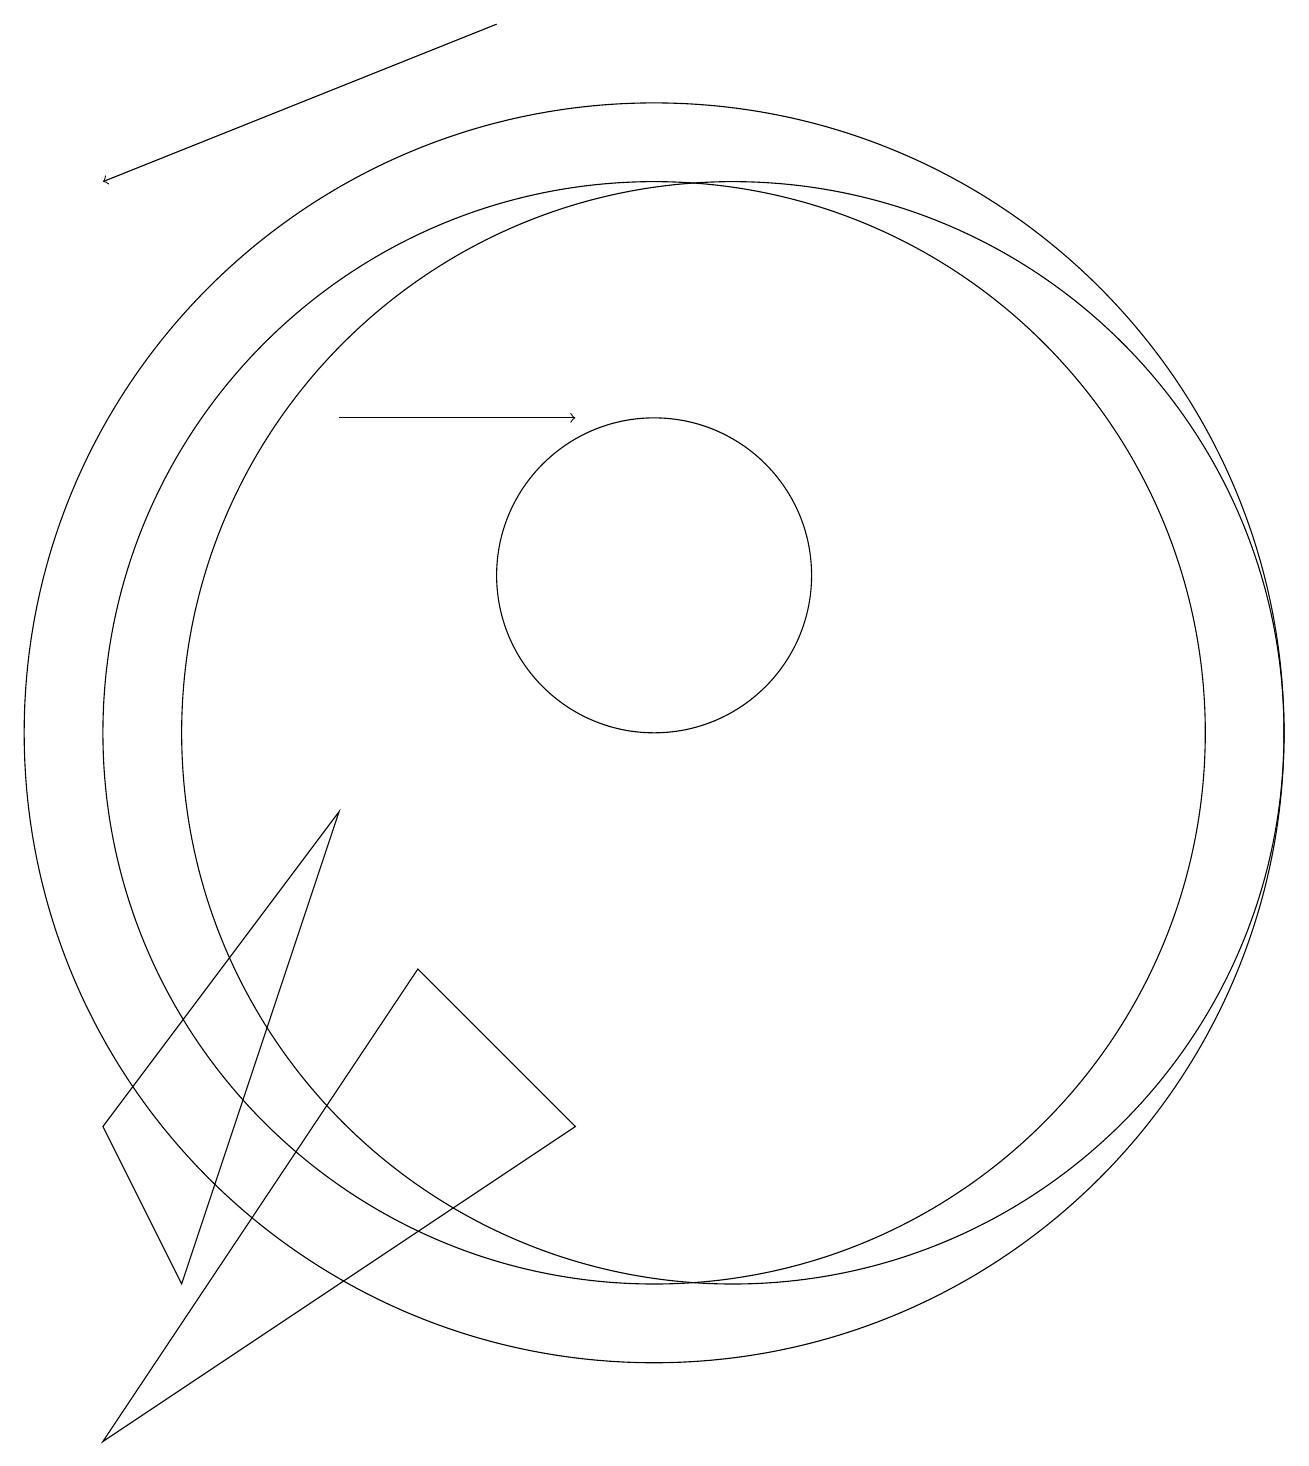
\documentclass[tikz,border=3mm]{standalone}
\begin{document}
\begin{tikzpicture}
\draw (3,5) -- (4,3) -- (6,9) -- cycle;
\draw (10,12) circle (2);
\draw[->] (6,14) -- (9,14);
\draw (10,10) circle (8);
\draw (10,10) circle (7);
\draw (7,7) -- (3,1) -- (9,5) -- cycle;
\draw[->] (8,19) -- (3,17);
\draw (11,10) circle (7);
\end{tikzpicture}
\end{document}